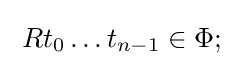
\;Rt_{0}\ldots t_{n-1}\in \Phi ;